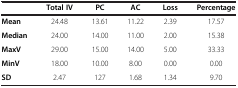
|  | Total IV | PC | AC | Loss | Percentage |
 | --- | --- | --- | --- | --- | --- |
 | Mean | 24.48 | 13.61 | 11.22 | 2.39 | 17.57 |
 | Median | 24.00 | 14.00 | 11.00 | 2.00 | 15.38 |
 | MaxV | 29.00 | 15.00 | 14.00 | 5.00 | 33.33 |
 | MinV | 18.00 | 10.00 | 8.00 | 0.00 | 0.00 |
 | SD | 2.47 | 127 | 1.68 | 1.34 | 9.70 |